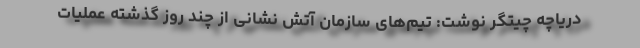
دریاچه چیتگر نوشت: تیم‌های سازمان آتش نشانی از چند روز گذشته عملیات